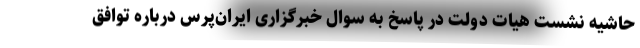
حاشیه نشست هیات دولت در پاسخ به سوال خبرگزاری ایران‌پرس درباره توافق